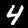
Digit: 4